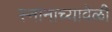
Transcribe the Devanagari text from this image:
स्नानाच्यावेळी